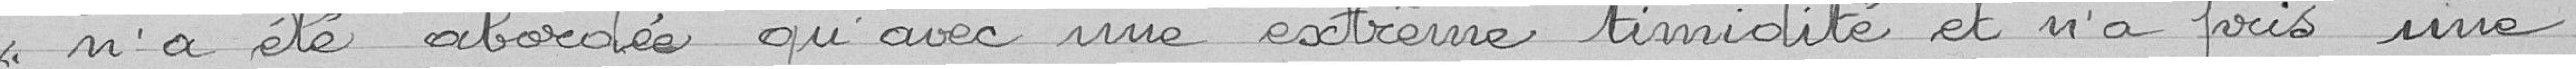
"n'a été abordée qu'avec une extrême timidité et n'a pris une